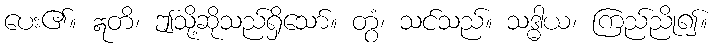
ပေး၏။ ဣတိ၊ ဤသို့ဆိုသည်ရှိသော်။ တွံ၊ သင်သည်။ သဒ္ဓါယ၊ ကြည်ညို၍။